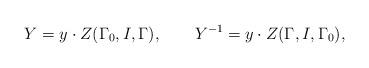
LaTeX: \begin{align*}Y=y\cdot Z(\Gamma _{0},I,\Gamma ),\mathbf{\qquad }Y^{-1}=y\cdot Z(\Gamma,I,\Gamma _{0}), \end{align*}